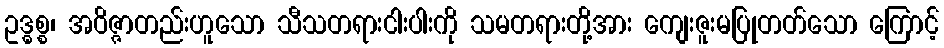
ဥဒ္ဓစ္စ၊ အဝိဇ္ဇာတည်းဟူသော သီသတရားငါးပါးကို သမတရားတို့အား ကျေးဇူးမပြုတတ်သော ကြောင့်